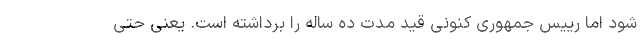
شود اما رییس جمهوری کنونی قید مدت ده ساله را برداشته است. یعنی حتی